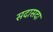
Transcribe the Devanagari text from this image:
सदासदा